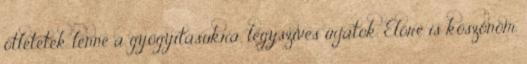
ötletetek lenne a gyógyításukra, légyszives irjatok. Előre is köszönöm.